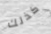
كذلك